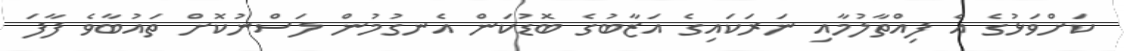
ކަށްވަޅުގެ އެ ފިއްތާލުމާއި ނަރަކައިގެ އަޒާބުގެ ބޮޑުކަން އެނގުމުން ލަސްނުކޮށް ތައުބާވެ ފާފަ